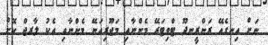
ނަށް އިނގެއޭ ރަންރީނދޫ ޓްވިޓަރޭ މެންނާއި މަޖޫރިއަނޭ މެންނާއި އެކު ލާރޖް ކޮށް